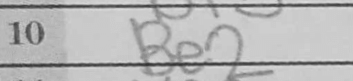
Transcription: Be2